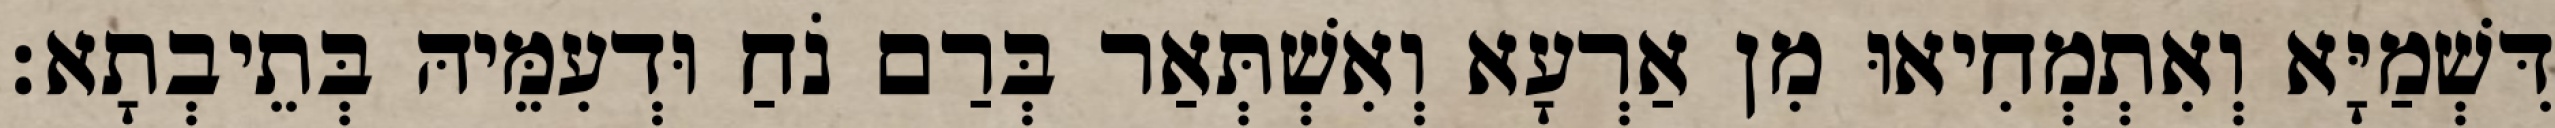
דִּשְׁמַיָּא וְאִתְמְחִיאוּ מִן אַרְעָא וְאִשְׁתְּאַר בְּרַם נֹחַ וּדְעִמֵּיהּ בְּתֵיבְתָא׃